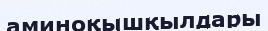
аминоқышқылдары